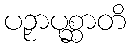
ပဉှာပုစ္ဆာတိ